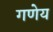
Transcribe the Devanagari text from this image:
गणेय